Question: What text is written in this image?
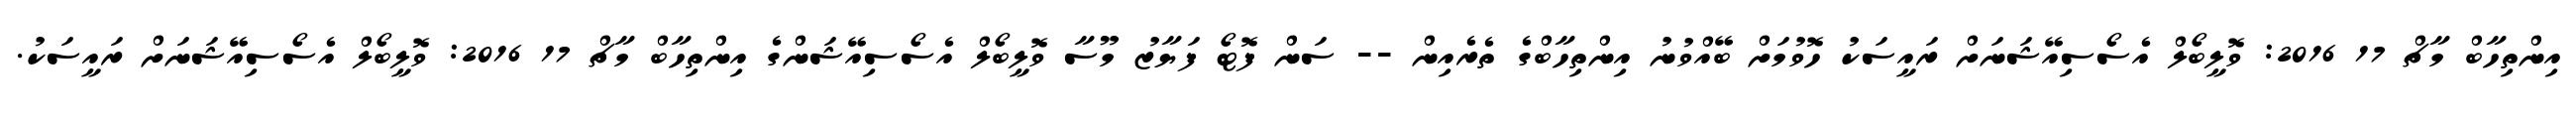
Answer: އިންތިހާބް މާޗް 17 2016: ވޮލީބޯލް އެސޯސިއޭޝަނަށް ރައީސަކު ހޮވުމަށް ބޭއްވުނު އިންތިހާބްގެ ތެރެއިން -- ސަން ފޮޓޯ ފަޔާޒު މޫސާ ވޮލީބޯލް އެސޯސިއޭޝަންގެ އިންތިހާބް މާޗް 17 2016: ވޮލީބޯލް އެސޯސިއޭޝަނަށް ރައީސަކު.